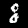
Label: 8